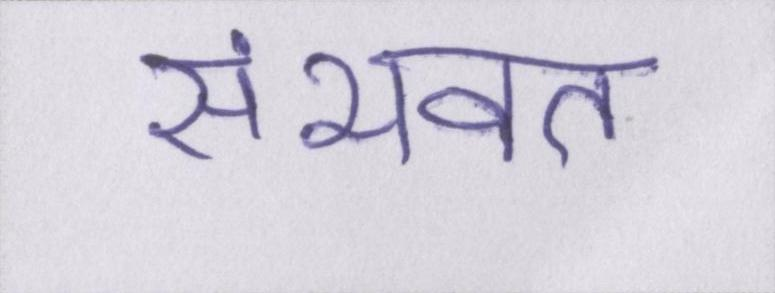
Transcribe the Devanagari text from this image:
संभवत